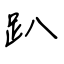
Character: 趴